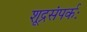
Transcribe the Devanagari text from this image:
शूद्रसंपर्कः